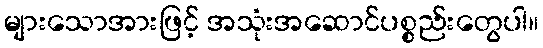
များသောအားဖြင့် အသုံးအဆောင်ပစ္စည်းတွေပါ။